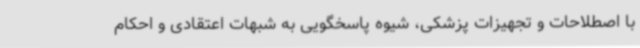
با اصطلاحات و تجهیزات پزشکی، شیوه پاسخگویی به شبهات اعتقادی و احکام